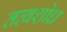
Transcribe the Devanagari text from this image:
तत्वशोध